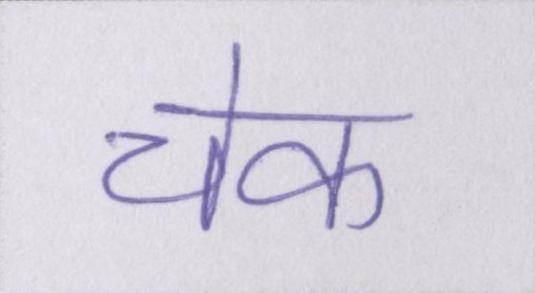
चेक